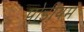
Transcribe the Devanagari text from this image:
पोडीयम